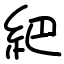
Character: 紦